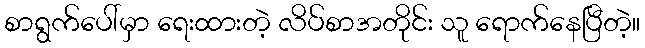
စာရွက်ပေါ်မှာ ရေးထားတဲ့ လိပ်စာအတိုင်း သူ ရောက်နေပြီတဲ့။